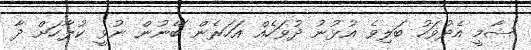
ޝާމީ އެދުވަހު ބަލިވެ އުޅުނު ދުވަހެއް އަހަރެން ބޭނުން ނުވީ ކުލާހަށް ދާ